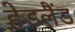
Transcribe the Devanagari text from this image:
हेडलैंड